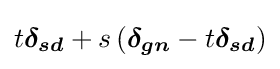
t{\boldsymbol {\delta _{sd}}}+s\left({\boldsymbol {\delta _{gn}}}-t{\boldsymbol {\delta _{sd}}}\right)